Report of the Imperial Institute of Veterinary Research, Muktesar
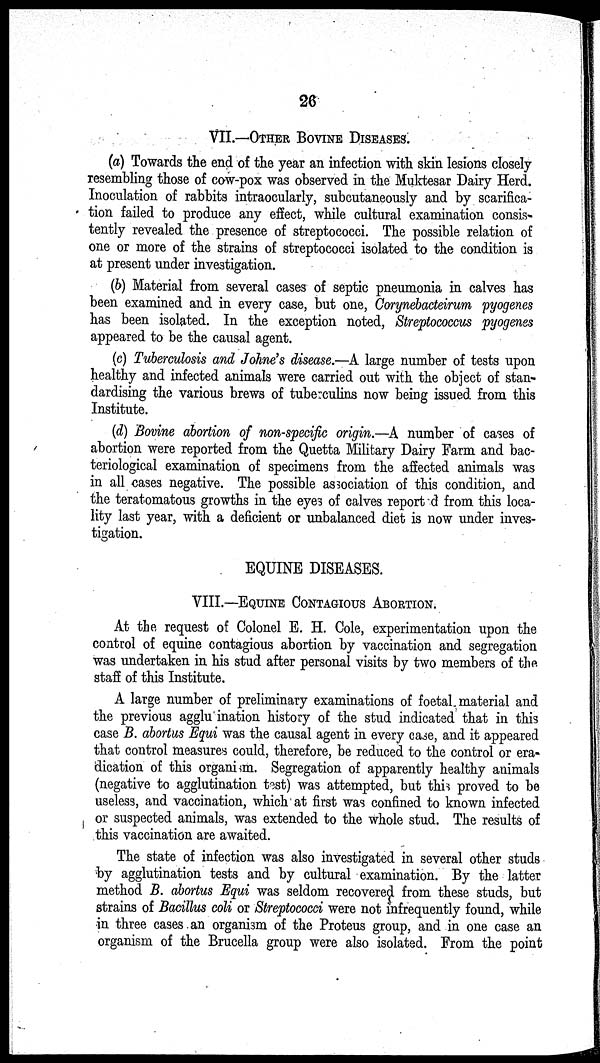
26
VII.—OTHER BOVINE DISEASES.
(a) Towards the end of the year an infection with skin lesions closely
resembling those of cow-pox was observed in the Muktesar Dairy Herd.
Inoculation of rabbits intraocularly, subcutaneously and by scarifica-
tion failed to produce any effect, while cultural examination consis¬
tently revealed the presence of streptococci. The possible relation of
one or more of the strains of streptococci isolated to the condition is
at present under investigation.
(b) Material from several cases of septic pneumonia in calves has
been examined and in every case, but one, Corynebacteirum pyogenes
has been isolated. In the exception noted, Streptococcus pyogenes
appeared to be the causal agent.
(c) Tuberculosis and Johne's disease.—A large number of tests upon
healthy and infected animals were carried out with the object of stan-
dardising the various brews of tuberculins now being issued from this
Institute.
(d) Bovine abortion of non-specific origin.—A number of cases of
abortion were reported from the Quetta Military Dairy Farm and bac-
teriological examination of specimens from the affected animals was
in all cases negative. The possible association of this condition, and
the teratomatous growths in the eyes of calves report d from this loca-
lity last year, with a deficient or unbalanced diet is now under inves-
tigation.
EQUINE DISEASES.
VIII.—EQUINE CONTAGIOUS ABORTION.
At the request of Colonel E. H. Cole, experimentation upon the
control of equine contagious abortion by vaccination and segregation
was undertaken in his stud after personal visits by two members of the
staff of this Institute.
A large number of preliminary examinations of foetal material and
the previous agglu ination history of the stud indicated that in this
case B. abortus Equi was the causal agent in every case, and it appeared
that control measures could, therefore, be reduced to the control or era-
dication of this organism. Segregation of apparently healthy animals
(negative to agglutination test) was attempted, but this proved to be
useless, and vaccination, which at first was confined to known infected
or suspected animals, was extended to the whole stud. The results of
this vaccination are awaited.
The state of infection was also investigated in several other studs
by agglutination tests and by cultural examination. By the latter
method B. abortus Equi was seldom recovered from these studs, but
strains of Bacillus coli or Streptococci were not infrequently found, while
in three cases an organism of the Proteus group, and in one case an
organism of the Brucella group were also isolated. From the point